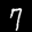
Label: 7